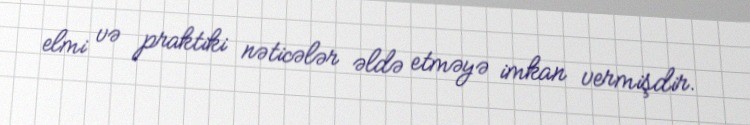
elmi və praktiki nəticələr əldə etməyə imkan vermişdir.